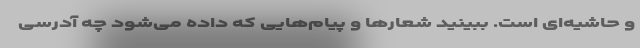
و حاشیه‌ای است. ببینید شعارها و پیام‌هایی که داده می‌شود چه آدرسی